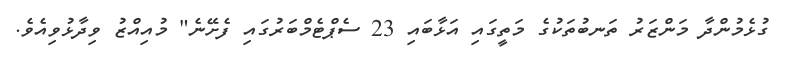
ގުޅެމުންދާ މަންޒަރު ތަނބުތަކުގެ މަތީގައި އަޅާބައި 23 ސެޕްޓެމްބަރުގައި ފެށޭނެ" މުއިއްޒު ވިދާޅުވިއެވެ.